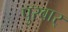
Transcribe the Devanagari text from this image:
पुरवार्